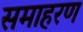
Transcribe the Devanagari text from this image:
समाहरण